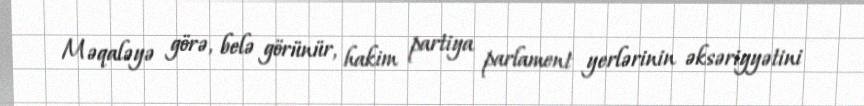
Məqaləyə görə, belə görünür, hakim partiya parlament yerlərinin əksəriyyətini